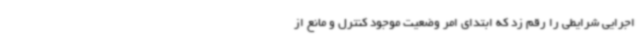
اجرایی شرایطی را رقم زد که ابتدای امر وضعیت موجود کنترل و مانع از